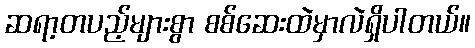
ဆရာ့တပည့်များစွာ စစ်ဆေးထဲမှာလဲရှိပါတယ်။